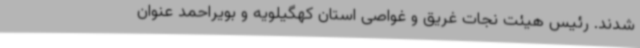
شدند. رئیس هیئت نجات غریق و غواصی استان کهگیلویه و بویراحمد عنوان